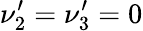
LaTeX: \nu_{2}^{\prime}=\nu_{3}^{\prime}=0